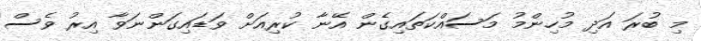
މި ބުރަ އަދި މުހިންމު މަސައްކަތައިގެން އޭނާ ކުރިއަށް ވަޑައިގަންނަވާ އިރު ވެސް